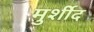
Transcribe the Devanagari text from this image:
मुर्शीद